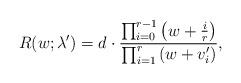
LaTeX: \begin{align*} R(w;\lambda') = d \cdot \frac{\prod_{i=0}^{r-1} \left(w+\frac{i}{r}\right)}{\prod_{i=1}^{r} \left(w+v_i' \right)}, \end{align*}